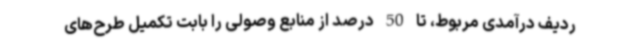
ردیف‌ درآمدی مربوط، تا 50 درصد از منابع وصولی را بابت تکمیل طرح‌های